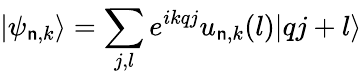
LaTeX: |{\psi_{\mathsf{n},k}}\rangle=\sum_{j,l}^{}{{e^{ikqj}}{u_{\mathsf{n},k}(l)}|qj+l\rangle}